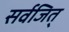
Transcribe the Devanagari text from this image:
सर्वजित्